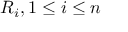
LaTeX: R _ { i } , 1 \leq i \leq n